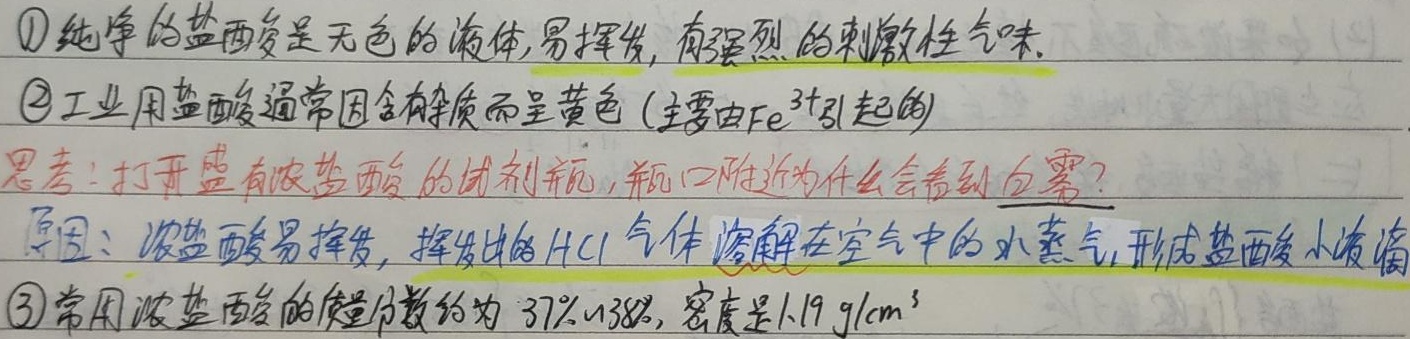
\textcircled{1} 纯净的盐酸是无色的液体, 易挥发, 有强烈的刺激性气味。\textcircled{2} 工业用盐酸通常因含有杂质而呈黄色 (主要由 $\ce{Fe^{3 + }}$ 引起的)。思考: 打开盛有浓盐酸的试剂瓶, 瓶口附近为什么会看到白雾?原因: 浓盐酸易挥发, 挥发出的 $\ce{HCl}$ 气体溶解在空气中的水蒸气, 形成盐酸小液滴。\textcircled{3} 常用浓盐酸的质量分数约为 $37\% \sim 38\%$, 密度是 $1.19\ \text{g/cm}^3$